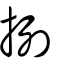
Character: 挒